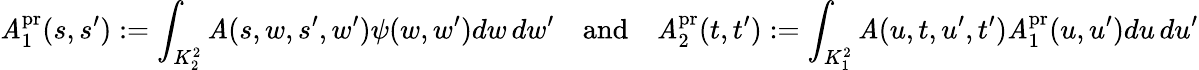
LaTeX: \mathit{A}_{1}^{\mathrm{{pr}}}(s,s^{\prime}):=\int_{K_{2}^{2}}\mathit{A}(s,w,s^{\prime},w^{\prime})\psi(w,w^{\prime})dw\, dw^{\prime}\quad\textnormal{and}\quad\mathit{A}_{2}^{\mathrm{{pr}}}(t,t^{\prime}):=\int_{K_{1}^{2}}\mathit{A}(u,t,u^{\prime},t^{\prime})\mathit{A}_{1}^{\mathrm{{pr}}}(u,u^{\prime})du\, du^{\prime}